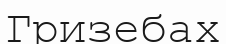
Гризебах